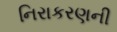
નિરાકરણની